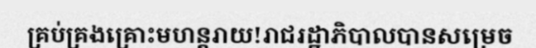
គ្រប់គ្រងគ្រោះមហន្តរាយ!រាជរដ្ឋាភិបាលបានសម្រេច